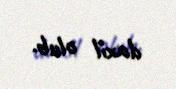
daxil olub.